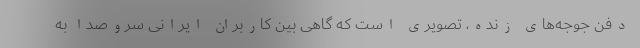
دفن جوجه‌های زنده، تصویری است که گاهی بین کاربران ایرانی سروصدا به